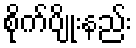
စိုက်ပျိုးနည်း